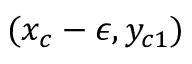
( x _ { c } - \epsilon , y _ { c 1 } )